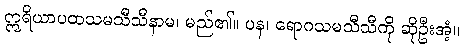
ဣရိယာပထသမသီသီနာမ၊ မည်၏။ ပန၊ ရောဂသမသီသီကို ဆိုဦးအံ့။